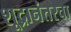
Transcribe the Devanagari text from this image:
शूद्रानंतरचा